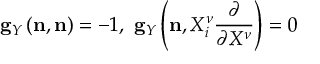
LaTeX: { } { \bf g } _ { Y } \left( { \bf n } , { \bf n } \right) = - 1 , \ { \bf g } _ { Y } \left( { \bf n } , X _ { i } ^ { \nu } \frac { \partial } { \partial X ^ { \nu } } \right) = 0